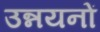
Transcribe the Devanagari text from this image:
उन्नयनों